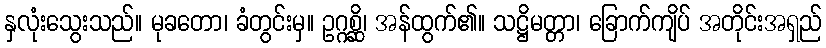
နှလုံးသွေးသည်။ မုခတော၊ ခံတွင်းမှ။ ဥဂ္ဂစ္ဆိ၊ အန်ထွက်၏။ သဋ္ဌိမတ္တာ၊ ခြောက်ကျိပ် အတိုင်းအရှည်